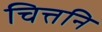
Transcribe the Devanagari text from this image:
चित्तनि